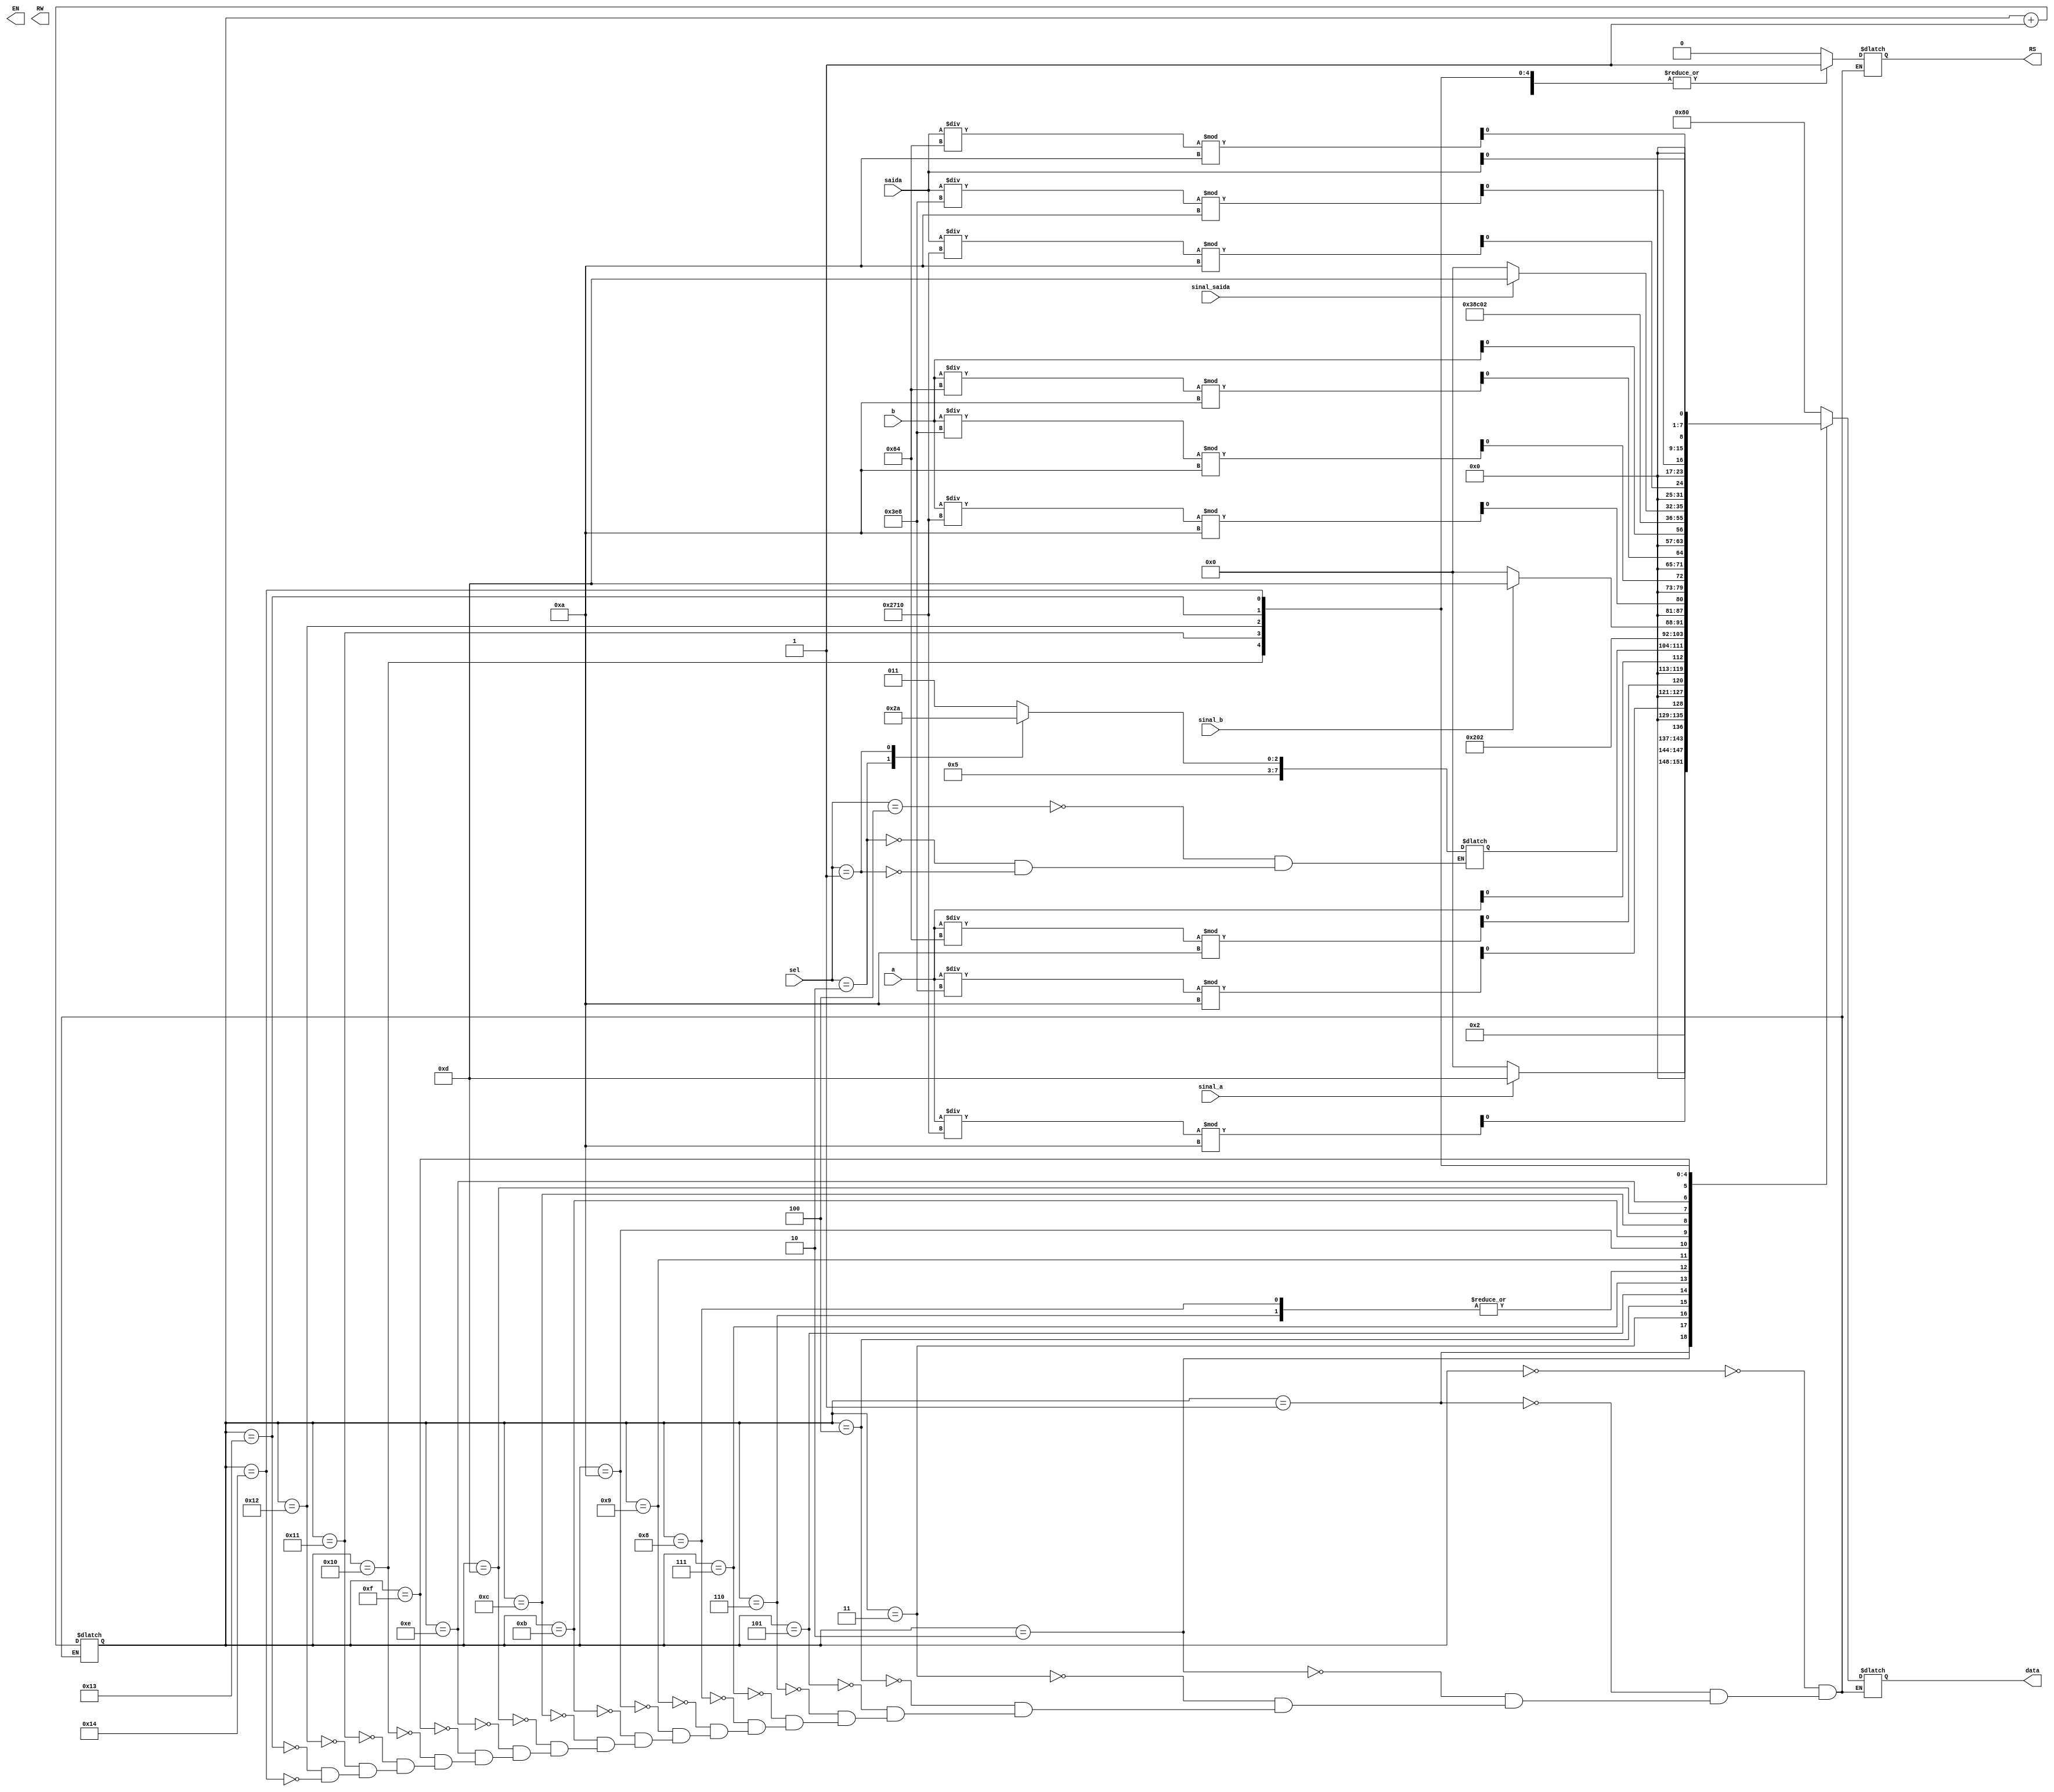
module ULA_LCD( saida, sinal_saida, a, sinal_a, b, sinal_b, sel, EN, RS, RW, data);
    input [15:0] saida;
    input sinal_saida;
	 input [7:0]a;
	 input sinal_a;
	 input [7:0]b;
	 input sinal_b;
	 input [2:0] sel;
	 output reg EN;
	 output reg RS;
	 output reg RW;
	 output reg [7:0] data;
    reg a_dez_milhar, a_milhar, a_centena, a_dezena, a_unidade;
	 reg b_dez_milhar, b_milhar, b_centena, b_dezena, b_unidade;
	 reg dez_milhar, milhar, centena, unidade, dezena;
	 initial begin
		 a_dez_milhar = (a /10000) % 10;
		 a_milhar = (a /1000) % 10;
		 a_centena = (a /100) % 10;
		 a_dezena = (a /10) % 10;
		 a_unidade = a;
		 
		 b_dez_milhar = (b /10000) % 10;
		 b_milhar = (b /1000) % 10;
		 b_centena = (b /100) % 10;
		 b_dezena = (b /10) % 10;
		 b_unidade = b;
			
		 dez_milhar = (saida /10000) % 10;
		 milhar = (saida /1000) % 10;
		 centena = (saida /100) % 10;
		 dezena = (saida /10) % 10;
		 unidade = saida;
	 end
	
	 reg [5:0] instructions = 0;
	 reg [7:0] oper; 
	 reg [7:0] operA; 
	 reg [7:0] operB; 
	 reg [7:0] operR;
	 
	 always@(*)begin
		case(sel)
			4: begin oper = 8'b00101011; end //Atribui a varivel oper, o binario do char '+'
			2: begin oper = 8'b00101101; end //Atribui a varivel oper, o binario do char '-'
			1: begin oper = 8'b00101010; end //Atribui a varivel oper, o binario do char '*'
		endcase
		
		case(sinal_a)
			1: begin operA = 8'b00101101; end
			default: begin operA = 8'b00100000; end
		endcase
		
		case(sinal_b)
			1: begin operB = 8'b00101101; end
			default: begin operB = 8'b00100000; end
		endcase
		
		case(sinal_saida)
			1: begin operR = 8'b00101101; end
			default: begin operR = 8'b00100000; end
		endcase
	 end
	
	 always@(*) begin
	 case(instructions)
		 0: begin data <= 8'b10000000; RS <= 0; instructions <= instructions + 1;end    //Ir pra posio 0
		 1: begin data <= operA; RS <= 1; instructions <= instructions + 1; end // Printa sinal do num a 
		 2: begin data <= a_dez_milhar; RS <= 1; instructions <= instructions + 1; end //Printa a dezena de milhar
		 3: begin data <= a_milhar; RS <= 1; instructions <= instructions + 1;end //Printa a unidade de milhar
		 4: begin data <= a_centena; RS <= 1; instructions <= instructions + 1;end //Printa a centena
		 5: begin data <= a_unidade; RS <= 1; instructions <= instructions + 1;end //Printa a unidade
		 6: begin data <= 8'b00100000; RS <= 1; instructions <= instructions + 1;end //Printa espao
		 7: begin data <= oper; RS <= 1; instructions <= instructions + 1;end //Printa o operador
		 8: begin data <= 8'b00100000; RS <= 1; instructions <= instructions + 1;end //Printa espao
		 9: begin data <= operB; RS <= 1; instructions <= instructions + 1; end // Printa sinal do num b
		 10: begin data <= b_dez_milhar; RS <= 1; instructions <= instructions + 1;end //Printa a dezena de milhar
		 11: begin data <= b_milhar; RS <= 1; instructions <= instructions + 1;end //Printa a unidade de milhar
		 12: begin data <= b_centena; RS <= 1; instructions <= instructions + 1;end //Printa a centena
		 13: begin data <= b_unidade; RS <= 1; instructions <= instructions + 1;end //Printa a unidade
		 14: begin data <= 8'b00111000; RS <= 0; instructions <= instructions + 1;end//Cria segunda linha
		 15: begin data <= 8'b11000000; RS <= 0; instructions <= instructions + 1;end//Vai para o primeiro char da segunda linha
		 16: begin data <= operR; RS <= 1; instructions <= instructions + 1; end // Printa sinal do resultado
		 17: begin data <= dez_milhar; RS <= 1; instructions <= instructions + 1;end //Printa a dezena de milhar
		 18: begin data <= milhar; RS <= 1; instructions <= instructions + 1;end //Printa a unidade de milhar
		 19: begin data <= centena; RS <= 1; instructions <= instructions + 1;end //Printa a centena
		 20: begin data <= unidade; RS <= 1; instructions <= instructions + 1;end //Printa a unidade
		 
	 endcase
	 end
	 
endmodule